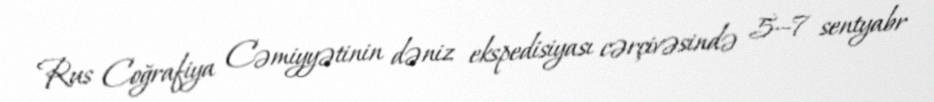
Rus Coğrafiya Cəmiyyətinin dəniz ekspedisiyası cərçivəsində 5—7 sentyabr